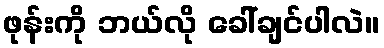
ဖုန်းကို ဘယ်လို ခေါ်ချင်ပါလဲ။